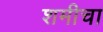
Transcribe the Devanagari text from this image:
शमीचा